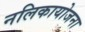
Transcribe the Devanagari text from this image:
नलिकायोजना